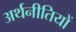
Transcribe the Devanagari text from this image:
अर्थनीतियों